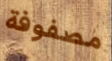
مصفوفة